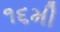
૧૬મી